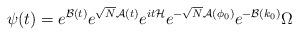
LaTeX: \begin{align*} \psi_{}(t) = e^{\mathcal{B}(t)}e^{\sqrt{N}\mathcal{A}(t)} e^{it\mathcal{H}} e^{-\sqrt{N}\mathcal{A}(\phi_0)}e^{-\mathcal{B}(k_0)}\Omega\end{align*}